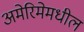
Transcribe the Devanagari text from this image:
अमेरिमेमधील